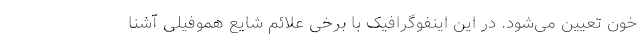
خون تعیین می‌شود. در این اینفوگرافیک با برخی علائم شایع هموفیلی آشنا